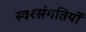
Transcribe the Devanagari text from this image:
स्वरसंगतियों